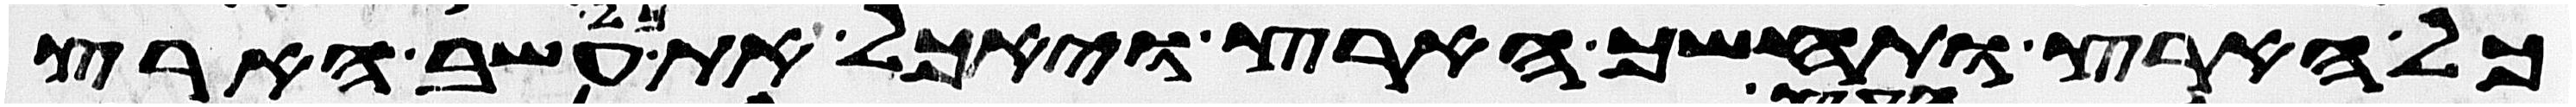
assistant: כל הארץ ותחשך הארץ ויאכל את כל עשב הארץ